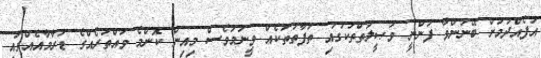
އުފެއްދުމަށް ބޭނުންވާ ފަންނީ ވަޞީލަތްތަކުގައި ތަފާތުތަކެއް ވީނަމަވެސް މިއިން ކޮންމެ ވައްތަރެއްގެ ޑުރާމާއެއްގައި